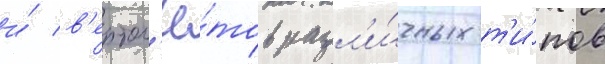
и́ в'ертол'ё́тов разл'и́чных т'и́пов